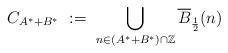
LaTeX: \begin{align*}C_{A^* + B^*}\ :=\ \bigcup_{n \in (A^* + B^*) \cap \mathbb{Z}} \overline{B}_{\frac{1}{2}}(n) \end{align*}